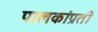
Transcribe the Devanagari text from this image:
पालकांप्रती